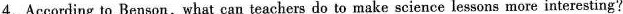
4.According to Benson,what can teachers do to make science lessons more interesting？